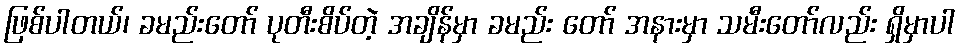
ဖြစ်ပါတယ်၊ ခမည်းတော် ပုတီးစိပ်တဲ့ အချိန်မှာ ခမည်း တော် အနားမှာ သမီးတော်လည်း ရှိမှာပါ